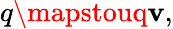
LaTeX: q\mapstouq\mathbf{v},